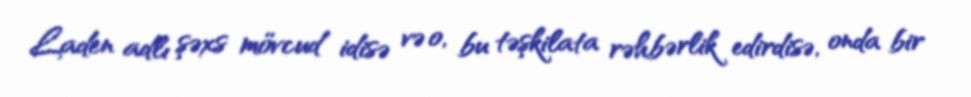
Laden adlı şəxs mövcud idisə və o, bu təşkilata rəhbərlik edirdisə, onda bir